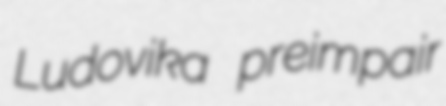
Ludovika preimpair